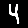
Digit: 4